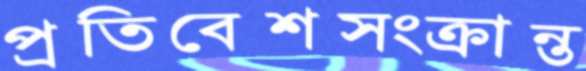
প্রতিবেশসংক্রান্ত